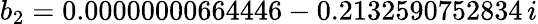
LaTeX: b_{2}=0.00000000664446-0.2132590752834\, i